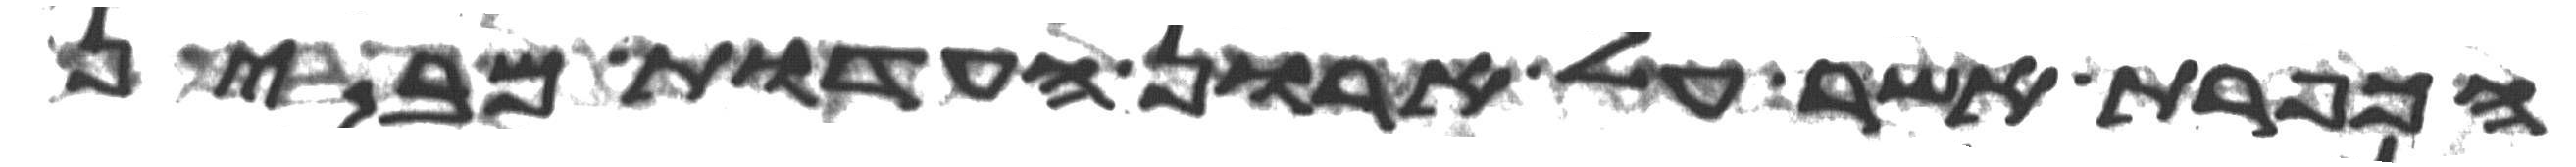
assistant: הכפרת אשר על ארון העדות מבין